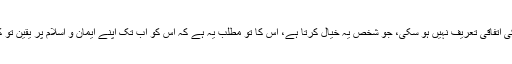
اب یہ کہنا کہ آج تک اسلام کی اتفاقی تعریف نہیں ہو سکی، جو شخص یہ خیال کرتا ہے، اس کا تو مطلب یہ ہے کہ اس کو اب تک اپنے ایمان و اسلام پر یقین تو کجا، اس کا علم بھی نہیں ہے۔